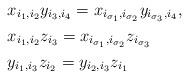
LaTeX: \begin{align*}& x_{i_{1},i_{2}}y_{i_{3},i_{4}}=x_{i_{\sigma_{1}},i_{\sigma_{2}}}y_{i_{\sigma_{3}},i_{{4}}},\\ &x_{i_{1},i_{2}}z_{i_{3}}=x_{i_{\sigma_{1}},i_{\sigma_{2}}}z_{i_{\sigma_{3}}}\\& y_{i_{1},i_{3}}z_{i_{2}}=y_{i_{2},i_{3}}z_{i_{1}}\end{align*}